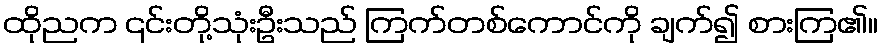
ထိုညက ၎င်းတို့သုံးဦးသည် ကြက်တစ်ကောင်ကို ချက်၍ စားကြ၏။